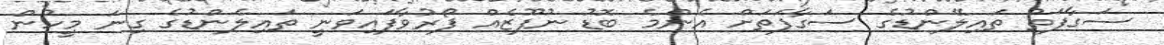
ސަގާފަތު ތައިލޭންޑުގެ ސަގާފަތަށް އެންމެ ބޮޑު ނުފޫޒެއް ފޯރުވާފައިވަނީ ތައިލެންޑުގެ ގިނަ މީހުން